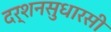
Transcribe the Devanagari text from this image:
दर्शनसुधारसी